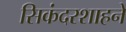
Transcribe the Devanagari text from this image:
सिकंदरशाहने